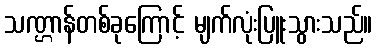
သဏ္ဌာန်တစ်ခုကြောင့် မျက်လုံးပြူးသွားသည်။